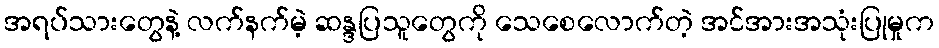
အရပ်သားတွေနဲ့ လက်နက်မဲ့ ဆန္ဒပြသူတွေကို သေစေလောက်တဲ့ အင်အားအသုံးပြုမှုက